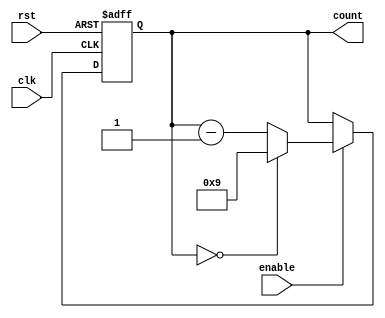
module BCD_Down_Counter_with_Enable (

  input wire clk,         // Clock input
  input wire rst,         // Reset input
  input wire enable,      // Enable input
  output reg [3:0] count  // BCD counter output

);

always @ (posedge clk or posedge rst) begin
  if (rst) begin
    count <= 4'b1001;     // Preset value
  end else if (enable) begin
    if (count == 4'b0000) begin
      count <= 4'b1001;   // Reset to preset value
    end else begin
      count <= count - 1; // Count down in BCD format
    end
  end
end

endmodule